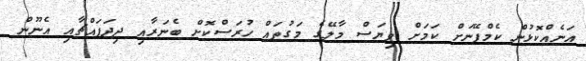
އަނެއްކޮޅުން ކެމްޕޭނަށް ކަމަށް ވިޔަސް މާލޭގެ މަގުތައް ހުރަސްކޮށް ބެނަރާއި ދިދަފައްޗާއި އެނޫން